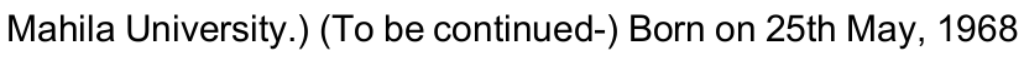
Mahila University.) (To be continued-) Born on 25th May, 1968